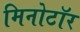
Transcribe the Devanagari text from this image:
मिनोटॉर